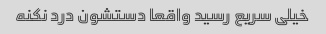
خیلی سریع رسید واقعا دستشون درد نکنه